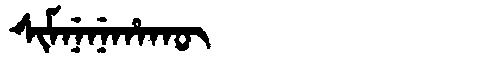
Manchu: ᠰᡳᠮᠨᡝᠨᡝᡥᠠᡴᡡ
Romanization: SIMNENEHAKŪ